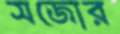
সজোর